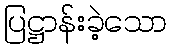
ပြဋ္ဌာန်းခဲ့သော